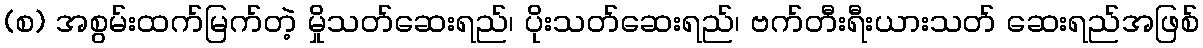
(စ) အစွမ်းထက်မြက်တဲ့ မှိုသတ်ဆေးရည်၊ ပိုးသတ်ဆေးရည်၊ ဗက်တီးရီးယားသတ် ဆေးရည်အဖြစ်